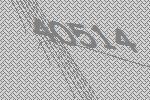
40514